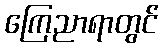
ကြေညာရာတွင်